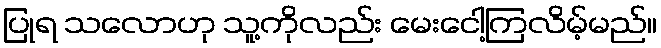
ပြုရ သလောဟု သူ့ကိုလည်း မေးငေါ့ကြလိမ့်မည်။